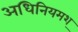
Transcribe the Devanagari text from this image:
अधिनियमश्